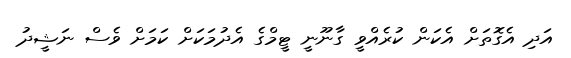
އަދި އެގޮތަށް އެކަން ކުރެއްވީ ގާނޫނީ ޓީމްގެ އެދުމަކަށް ކަމަށް ވެސް ނަޝީދު